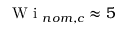
\mathrm { ~ W ~ i ~ } _ { n o m , c } \approx 5